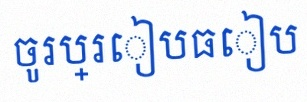
ចូរប្រៀបធៀប